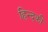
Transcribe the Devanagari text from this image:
हिन्दकी